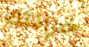
خزانتك